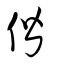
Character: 偕